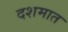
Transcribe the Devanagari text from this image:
दशमात